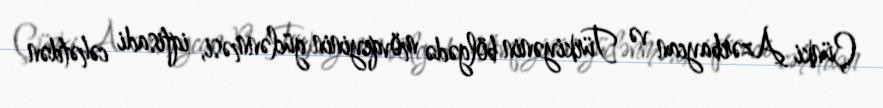
Çünki Azərbaycan və Türkiyənin bölgədə mövqeyinin güclənməsi, iqtisadi cəhətdən